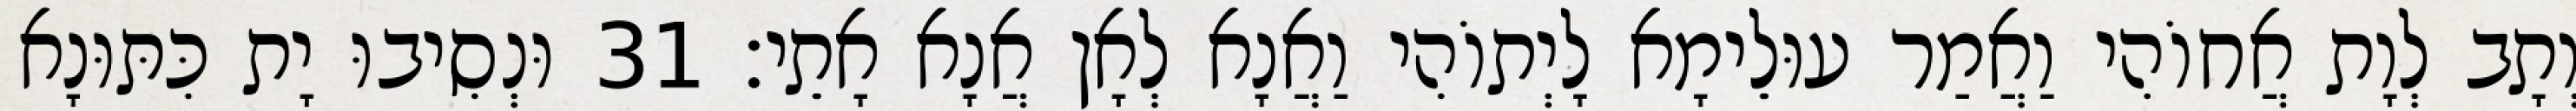
וְתָב לְוָת אֲחוֹהִי וַאֲמַר עוּלֵימָא לָיְתוֹהִי וַאֲנָא לְאָן אֲנָא אָתֵי׃ 31 וּנְסִיבוּ יָת כִּתּוּנָא